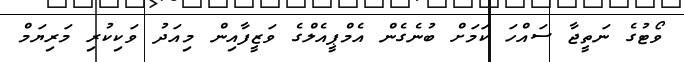
ވޯޓުގެ ނަތީޖާ ސައްހަ ކަމަށް ބުނެގެން އެމްޕީއެލްގެ ވަޒީފާއިން މިއަދު ވަކިކުރި މަރިޔަމް